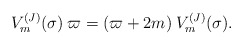
\begin{align*}V_m^{(J)}(\sigma)\>\varpi=(\varpi+2m)\>V_m^{(J)}(\sigma).\end{align*}